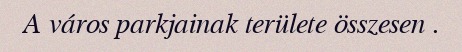
A város parkjainak területe összesen .